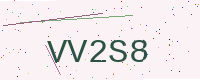
Text: VV2S8